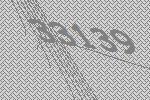
33139